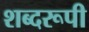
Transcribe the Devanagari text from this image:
शब्दरूपी